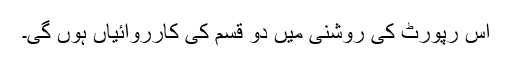
اس رپورٹ کی روشنی میں دو قسم کی کارروائیاں ہوں گی۔